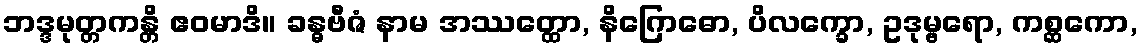
ဘဒ္ဒမုတ္တကန္တိ ဧဝမာဒိ။ ခန္ဓဗီဇံ နာမ အဿတ္ထော, နိဂြောဓော, ပိလက္ခော, ဥဒုမ္ဗရော, ကစ္ဆကော,